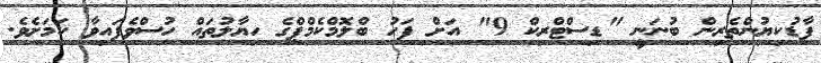
ފާޑުކިޔުންތެރިން ބުނަނީ "ޑިސްޓްރިކް 9" އަށް ފަހު ބްލޮމްކެމްޕްގެ ހިޔާލުތައް ހުސްވެފައިވާ ކަމަށެވެ.